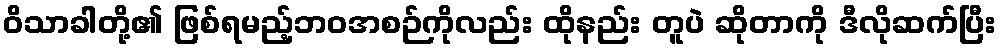
ဝိသာခါတို့၏ ဖြစ်ရမည့်ဘဝအစဉ်ကိုလည်း ထိုနည်း တူပဲ ဆိုတာကို ဒီလိုဆက်ပြီး